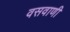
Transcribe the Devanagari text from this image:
वसवाणी